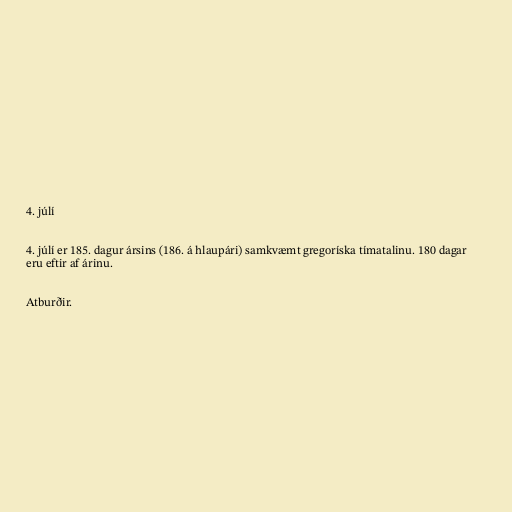
4. júlí

4. júlí er 185. dagur ársins (186. á hlaupári) samkvæmt gregoríska tímatalinu. 180 dagar
eru eftir af árinu.

Atburðir.